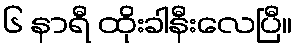
၆ နာရီ ထိုးခါနီးလေပြီ။